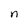
Character: n